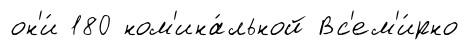
он'и́ 180 ном'ина́льной Вс'ем'и́рно